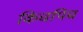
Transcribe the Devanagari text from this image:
किचपिच